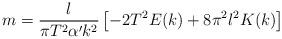
LaTeX: \begin{align*}m = \frac{l}{\pi T^{2}\alpha^{\prime}k^{2}} \left [ - 2T^{2} E(k) + 8\pi^{2}l^{2} K(k) \right ]\end{align*}